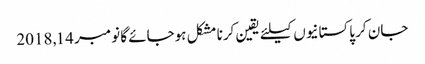
جان کر پاکستانیوں کیلئے یقین کرنا مشکل ہوجائے گا نومبر 14, 2018